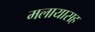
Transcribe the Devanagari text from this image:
मलायासह